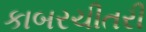
કાબરચીતરી